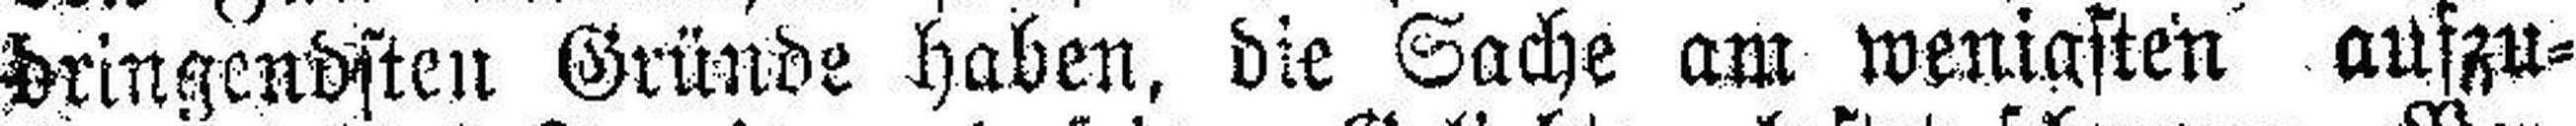
dringendsten Gründe haben, die Sache am wenigsten aufzu¬